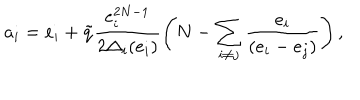
a _ { i } = e _ { i } + \tilde { q } \frac { e _ { i } ^ { 2 N - 1 } } { 2 \Delta _ { i } ( e _ { i } ) } \left( N - \sum _ { i \neq j } \frac { e _ { i } } { ( e _ { i } - e _ { j } ) } \right) ,